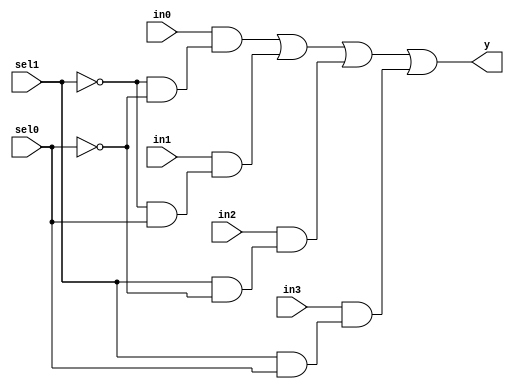
module mux4to1 (
   input wire sel0,
   input wire sel1,
   input wire in0,
   input wire in1,
   input wire in2,
   input wire in3,
   output wire y
   );
	
	wire and0,and1,and2,and3;
	
   assign and0 = in0 & (~sel1 & ~sel0);
   assign and1 = in1 & (~sel1 & sel0);
   assign and2 = in2 & (sel1 & ~sel0);
   assign and3 = in3 & (sel1 & sel0);
	
	assign y = and0 | and1 | and2 | and3;
	
endmodule